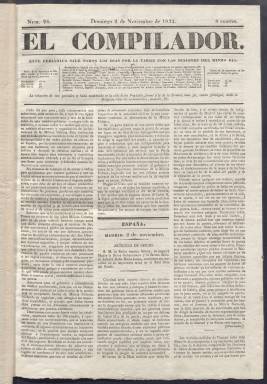
Título: El Compilador (Madrid)
Colección: Periódicos anteriores a 1850
Ámbito geográfico: Madrid
Lugar de publicación: Madrid
Fechas: 02/11/1834-30/04/1835